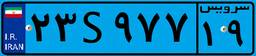
۲۳S۹۷۷۱۹